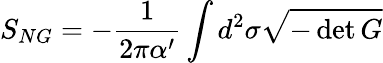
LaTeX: S_{NG}=-{\frac{1}{2\pi\alpha^{\prime}}}\int d^{2}\sigma\sqrt{-\operatorname*{det}G}